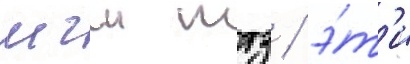
мгш ттз / э́т'и